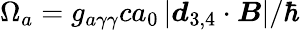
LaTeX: \Omega_{a}=g_{a\gamma\gamma}ca_{0}\left|\boldsymbol d_{3,4}\cdot\boldsymbol B\right|/\hbar